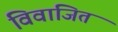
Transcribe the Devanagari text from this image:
विवाजित